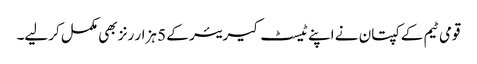
قومی ٹیم کے کپتان نے اپنے ٹیسٹ کیریئر کے 5 ہزار رنز بھی مکمل کرلیے۔